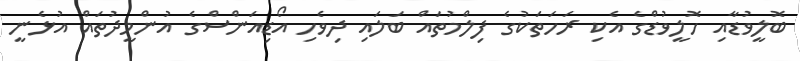
ބޮލީވުޑާއި ހޮލީވުޑްގެ އެކި ރަހަތަކުގެ ފިލްމުތައް ބަލައި ދިވެހި އޯޑިއަންސްގެ އުންމީދުތައް އުޅެނީ